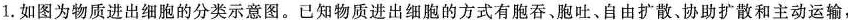
1.如图为物质进出细胞的分类示意图。已知物质进出细胞的方式有胞吞、胞吐、自由扩散、协助扩散和主动运输，